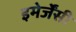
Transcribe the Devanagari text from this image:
इमेर्जेंसी